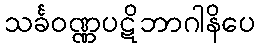
သင်္ခဝဏ္ဏပဋိဘာဂါနိပေ